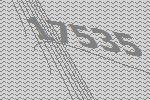
17535